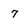
Character: 7